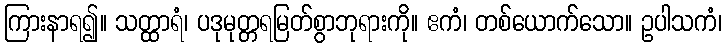
ကြားနာရ၍။ သတ္ထာရံ၊ ပဒုမုတ္တရမြတ်စွာဘုရားကို။ ဧကံ၊ တစ်ယောက်သော။ ဥပါသကံ၊